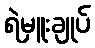
ရဲမှူးချုပ်